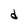
Character: d